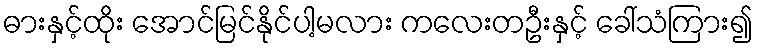
ဓားနှင့်ထိုး အောင်မြင်နိုင်ပါ့မလား ကလေးတဦးနှင့် ခေါ်သံကြား၍